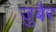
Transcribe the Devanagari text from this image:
जु़बैर